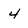
Character: 4